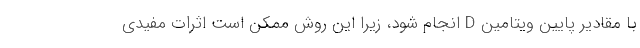
با مقادیر پایین ویتامین D انجام شود، زیرا این روش ممکن است اثرات مفیدی